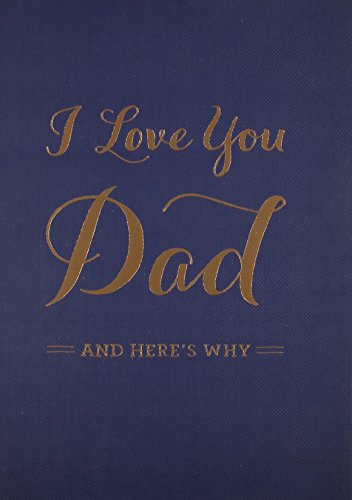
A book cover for I Love You Dad; M. H. Clark; Parenting & Relationships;